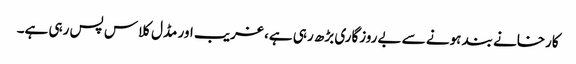
کارخانے بند ہونے سے بےروزگاری بڑھ رہی ہے، غریب اور مڈل کلاس پس رہی ہے۔